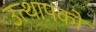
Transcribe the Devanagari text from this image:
उत्थापकों